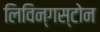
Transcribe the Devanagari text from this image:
लिविन्गस्टोन